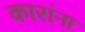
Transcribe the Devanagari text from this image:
कारांना